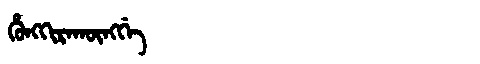
Manchu: ᡥᡠᠩᡴᡳᡵᠠᡴᡡᠩᡤᡝ
Romanization: HUNGKIRAKŪNGGE